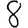
Digit: 8